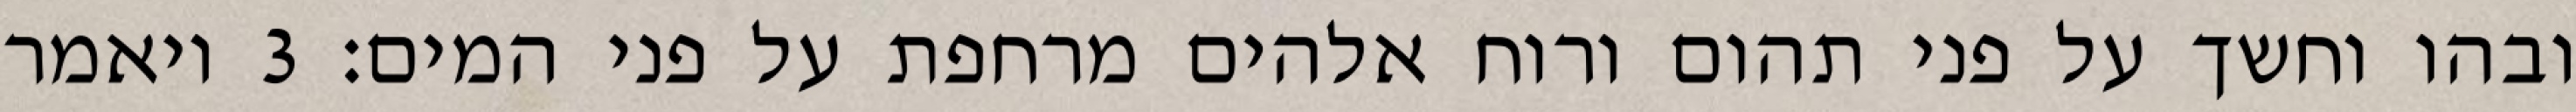
ובהו וחשך על פני תהום ורוח אלהים מרחפת על פני המים׃ ‎3‏ ויאמר